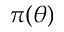
\pi ( \theta )